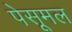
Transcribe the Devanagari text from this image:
पेसूमल